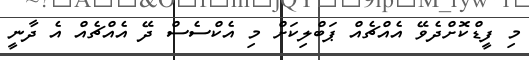
މި ފީޑްކޮށްދެވޭ އެއްޗެއް ޕަބްލިކަށް މި އެކްސެސް ދޭ އެއްޗެއް އެ ދާނީ